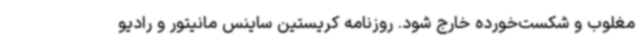
مغلوب و شکست‌خورده خارج شود. روزنامه کریستین ساینس مانیتور و رادیو